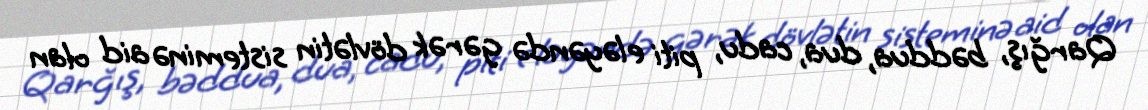
Qarğış, bəddua, dua, cadu, piti eləyəndə gərək dövlətin sisteminə aid olan